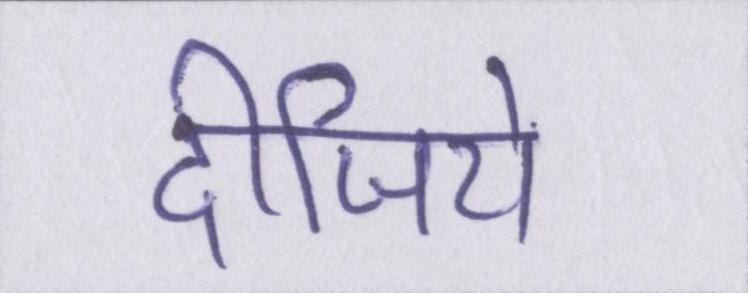
दीजिये